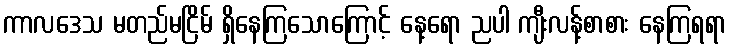
ကာလဒေသ မတည်မငြိမ် ရှိနေကြသောကြောင့် နေ့ရော ညပါ ကျီးလန့်စာစား နေကြရရာ